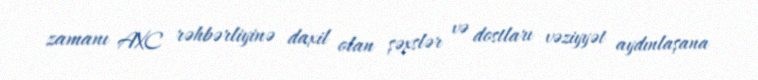
zamanı AXC rəhbərliyinə daxil olan şəxslər və dostları vəziyyət aydınlaşana